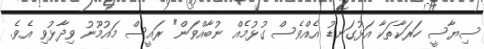
ސިޔާސީ ހަރަކާތަކާ އަޅުގަނޑު އެއްވެސް ގުޅުމެއް ނުބާއްވަން" ރައީސް މައުމޫނު ވިދާޅުވި އެވެ.